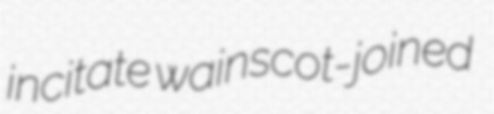
incitate wainscot-joined